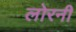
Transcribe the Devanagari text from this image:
लोरनी